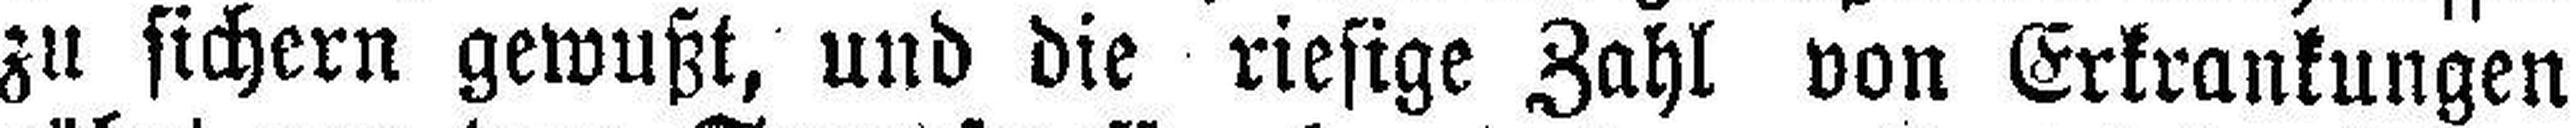
zu sichern gewußt, und die riesige Zahl von Erkrankungen